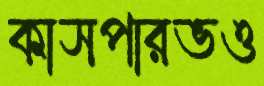
কাসপারভও